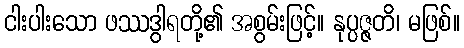
ငါးပါးသော ဖဿဒွါရတို့၏ အစွမ်းဖြင့်။ နုပ္ပဇ္ဇတိ၊ မဖြစ်။